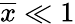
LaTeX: \overline{{x}}\ll 1